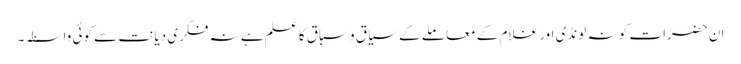
ان حضرات کو نہ لونڈی اور غلام کے معاملے کے سیاق و سباق کا علم ہے نہ فکری دیانت سے کوئی واسطہ۔